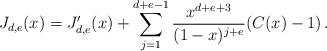
LaTeX: \begin{align*}J_{d,e}(x)&=J'_{d,e}(x)+\sum_{j=1}^{d+e-1}\frac{x^{d+e+3}}{(1-x)^{j+e}}(C(x)-1)\,.\end{align*}